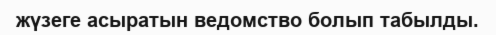
жүзеге асыратын ведомство болып табылды.